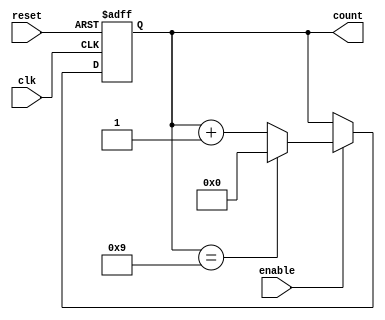
module modulus_counter #(
    parameter N = 10     // Modulus value, change this as required
) (
    input wire clk,      // Clock input
    input wire reset,    // Asynchronous reset
    input wire enable,    // Enable input
    output reg [$clog2(N)-1:0] count // Count output
);

// Sequential logic to update the count
always @(posedge clk or posedge reset) begin
    if (reset) begin
        count <= 0; // Reset count to 0
    end else if (enable) begin
        if (count == (N - 1)) begin
            count <= 0; // Reset count to 0 on reaching modulus
        end else begin
            count <= count + 1; // Increment count
        end
    end
end

endmodule